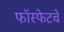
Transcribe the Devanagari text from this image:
फॉस्फेटचे